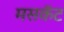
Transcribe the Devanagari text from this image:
मसकॅट